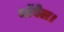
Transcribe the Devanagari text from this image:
नाॅवेल।